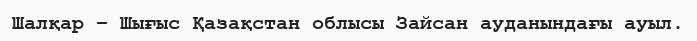
Шалқар – Шығыс Қазақстан облысы Зайсан ауданындағы ауыл.